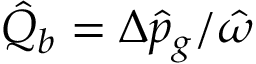
\hat { Q } _ { b } = \Delta \hat { p } _ { g } / \hat { \omega }